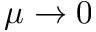
\mu \rightarrow 0